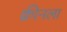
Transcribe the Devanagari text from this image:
क्वीनला